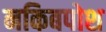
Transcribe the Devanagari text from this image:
नकिबपोश